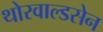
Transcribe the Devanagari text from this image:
थोरवाल्डसेन